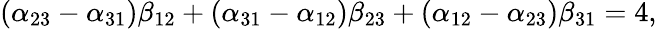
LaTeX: (\alpha_{23}-\alpha_{31})\beta_{12}+(\alpha_{31}-\alpha_{12})\beta_{23}+(\alpha_{12}-\alpha_{23})\beta_{31}=4,